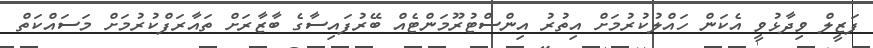
ފަޒީލް ވިދާޅުވީ އެކަން ހައްލުކުރުމަށް އިތުރު އިންސްޓުރޫމަންޓެއް ބޭރުފައިސާގެ ބާޒާރަށް ތައާރަފްކުރުމަށް މަސައްކަތް